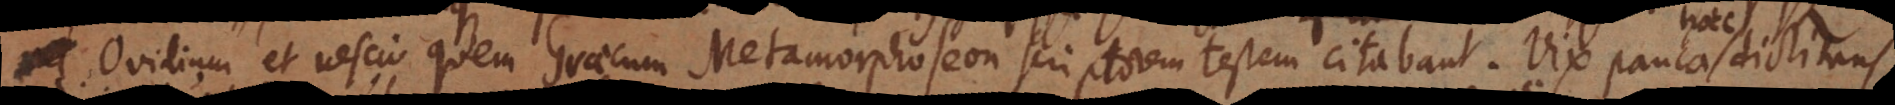
i Ovidium et nescio quem Graecum Metamorphoseon scriptorem testem citabant. Vix pauca dictitans